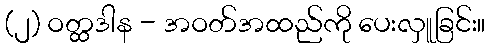
(၂) ဝတ္ထဒါန - အဝတ်အထည်ကို ပေးလှူခြင်း။